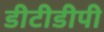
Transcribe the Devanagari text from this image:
डीटीडीपी